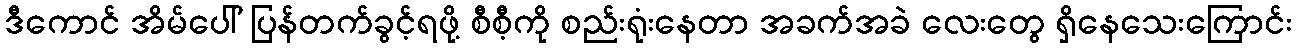
ဒီကောင် အိမ်ပေါ် ပြန်တက်ခွင့်ရဖို့ စီစီ့ကို စည်းရုံးနေတာ အခက်အခဲ လေးတွေ ရှိနေသေးကြောင်း